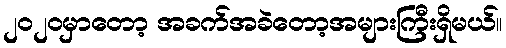
၂၀၂၀မှာတော့ အခက်အခဲတော့အများကြီးရှိမယ်။